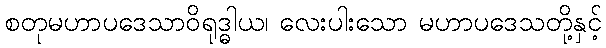
စတုမဟာပဒေသာဝိရုဒ္ဓါယ၊ လေးပါးသော မဟာပဒေသတို့နှင့်